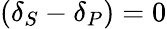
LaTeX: (\delta_{S}-\delta_{P})=0